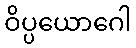
ဝိပ္ပယောဂေါ